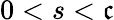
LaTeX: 0<s<\mathfrak{c}